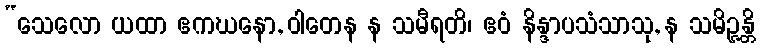
“သေလော ယထာ ဧကဃနော, ဝါတေန န သမီရတိ၊ ဧဝံ နိန္ဒာပသံသာသု, န သမိဉ္ဇန္တိ